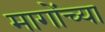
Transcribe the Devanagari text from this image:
मागोंच्या